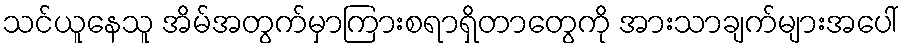
သင်ယူနေသူ အိမ်အတွက်မှာကြားစရာရှိတာတွေကို အားသာချက်များအပေါ်